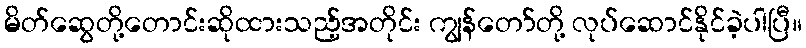
မိတ်ဆွေတို့တောင်းဆိုထားသည့်အတိုင်း ကျွန်တော်တို့ လုပ်ဆောင်နိုင်ခဲ့ပါပြီ။